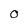
Character: O